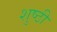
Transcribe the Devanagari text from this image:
शुष्ठी